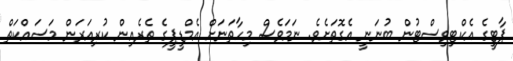
ޕާޓީގެ އެކްޓިވިސްޓުން ބުނަނީ އެގޮތަށެވެ. ނަމަވެސް މިހާތަނަށް އެމްޑީޕީގެ ތެރެއިން ކުރިއަރަން މަސައްކަތް